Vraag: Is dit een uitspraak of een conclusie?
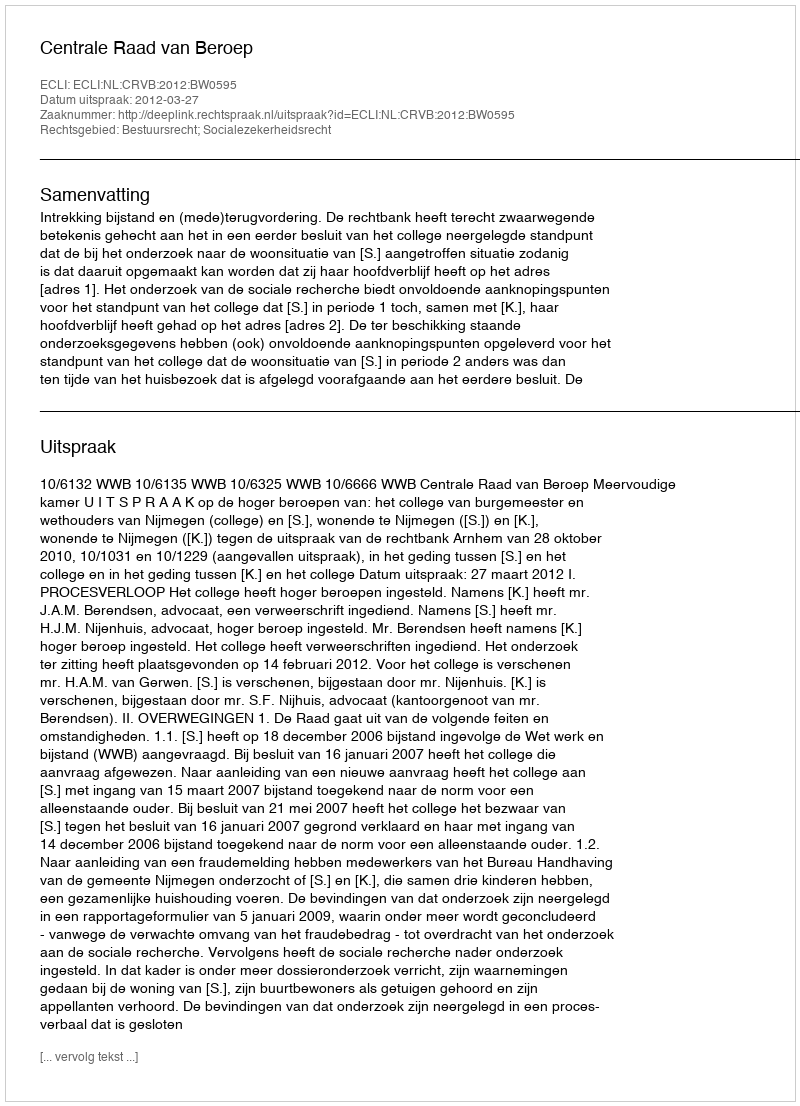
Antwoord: Uitspraak